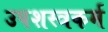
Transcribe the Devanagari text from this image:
उपशस्त्रकर्म